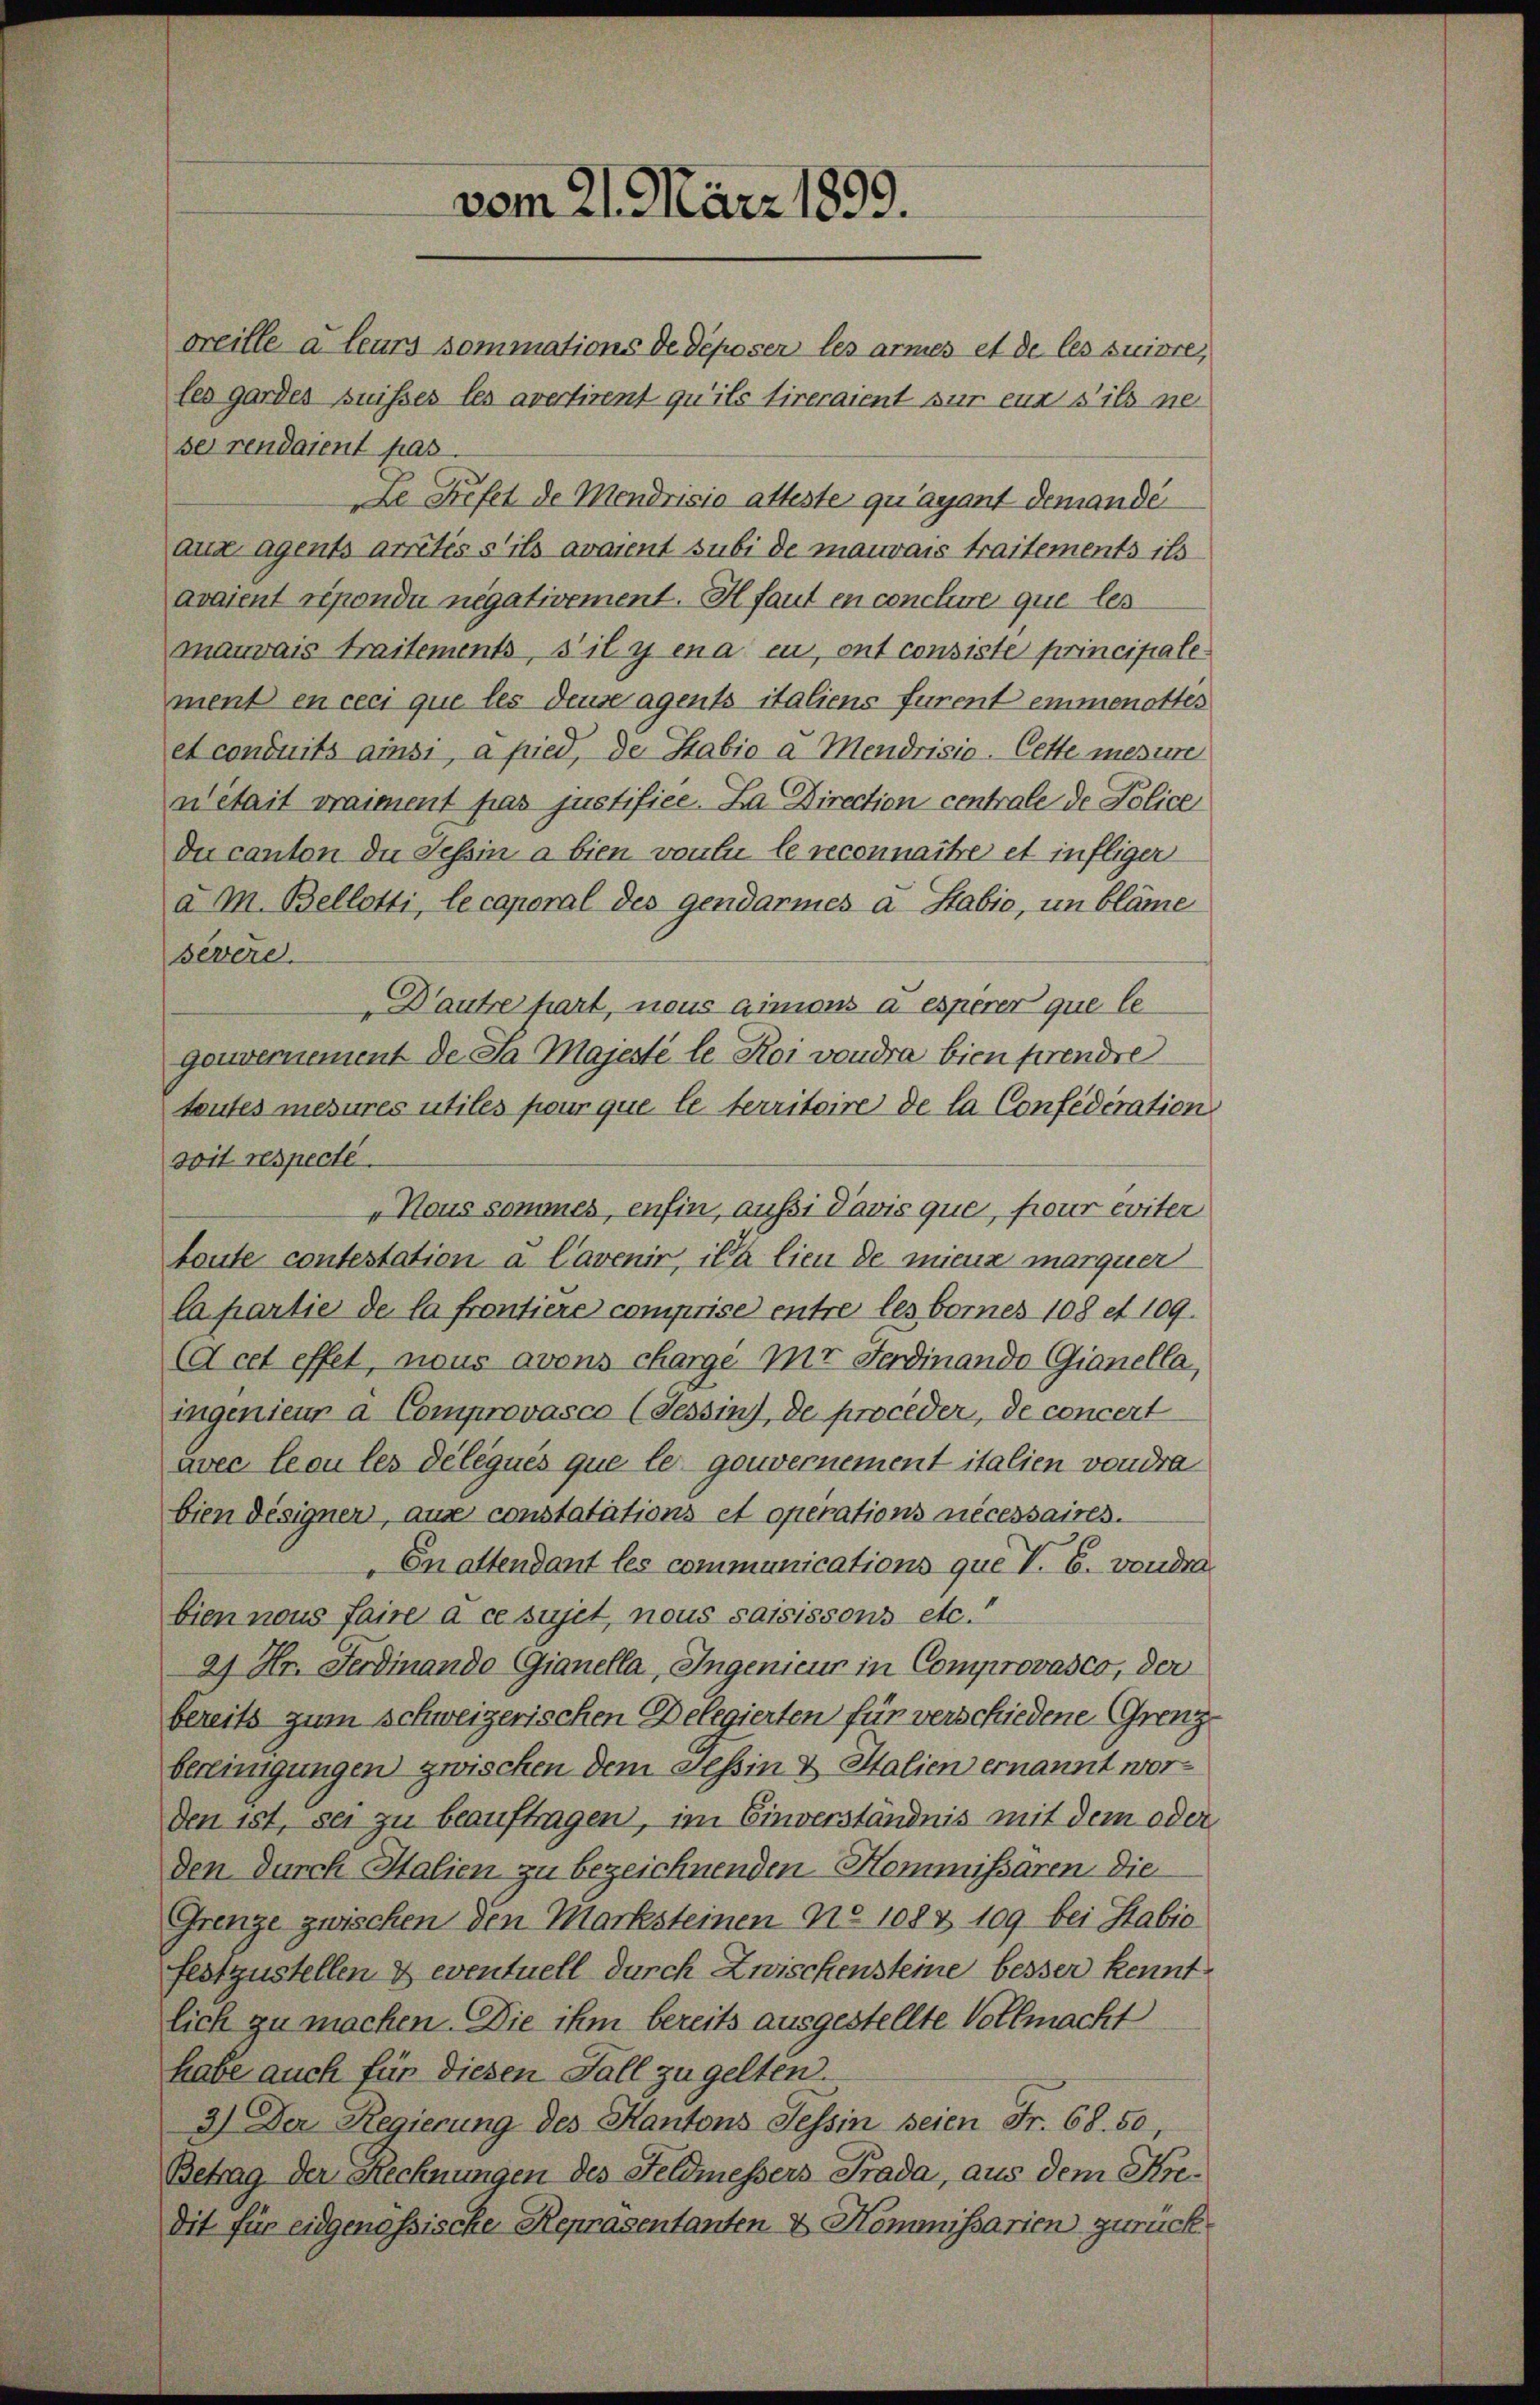
vom 21. März 1899.

Le Trifel de Mendrisio atteste qu’ayant demandé
aux agents arritis s’ils avaient subi de mauvais traitements ils
avaient répondi negativement. Il faut en conclure que les
mauvais traitements, s’il y ena eu, ont consiste principalement en ceci que les dense agents italiens furent emmenottes
et conduits ainsi, a pied, der Stabio a Mendrisio-Cette mesure
n était vraiment pas justifice. Da Direction centrale de Police
du canton die Tessin a bien von zu le reconnaitre et infliger
a M. Bellotti, le caporal des gendarmes a Stabio, un bläme
severe.
Dautre hart, nous aimons à esperer que le
gouvernement de Sa Majesté le Roi voudra bien ferendre
tautes mesures utiles pour que le territoire de la Confédération
doit respecte
„Haus sommes, enfin, aussi davis que, pour eviter
toute contestation à l’avenir, il a lieu de mieux marquer
Capartie de la frontière comprise entre les bornes 108 et 109.
(A cet effet, nous avons charge mir Ferdinando Gianella,
ingenieur a Comprovasco (Tessins, de proceder, de concert
avec leou les délégués que le- gouvernement italien von dra
bien designen, aus constatations et operations nécessaires.
Cnattendant les communications que V. B. von den
bien nous faire à ce sujet, nous saisissons etc.“
2) Hr. Ferdinando Gianella, Ingenieur in Comprovasco, der
bereits zum Schweizerischen Delegierten für verschiedene Grenz
bereinigungen zwischen dem Tessin & Italien ernannt worden ist, sei zu beauftragen, im Einverständnis mit dem oder
den durch Italien zu bezeichnenden Kommissaren. Die
Grenze zwischen den Marksteinen No 108 & 109 bei Habie-
festzustellen & eventuell durch Zwischensteine besser kennt
lich zu machen. Die ihm bereits ausgestellte Vollmacht
habe auch für diesen Fall zu gelten.
3.) Der Regierung des Kantons Tessin seien Fr. 68. 50,
Betrag der Rechnungen des Feldmessers Prada, aus dem Kredit für eidgenössische Repräsentanten & Kommissarien zurück

oreille à leurs sommations de déposer les armes et de les suivre,
les gardes suisses les avertirent qu’ils tireraient zur eine s’ils ne
se rendaient pas.